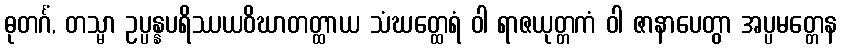
ဓုတင်္ဂံ, တသ္မာ ဥပ္ပန္နပရိဿယဝိဃာတတ္ထာယ သံဃတ္ထေရံ ဝါ ရာဇယုတ္တကံ ဝါ ဇာနာပေတွာ အပ္ပမတ္တေန